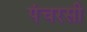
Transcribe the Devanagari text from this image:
पंचरसी